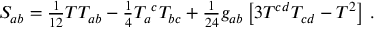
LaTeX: S _ { a b } = \textstyle { \frac { 1 } { 1 2 } } T T _ { a b } - \textstyle { \frac { 1 } { 4 } } T _ { a } { } ^ { c } T _ { b c } + \textstyle { \frac { 1 } { 2 4 } } g _ { a b } \left[ 3 T ^ { c d } T _ { c d } - T ^ { 2 } \right] \, .